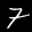
Label: 7